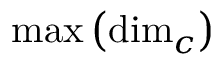
\mathrm { m a x } \left( \mathrm { d i m } _ { c } \right)